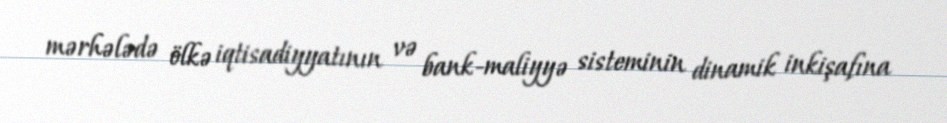
mərhələdə ölkə iqtisadiyyatının və bank-maliyyə sisteminin dinamik inkişafına